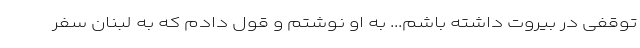
توقفی در بیروت داشته باشم... به او نوشتم و قول دادم که به لبنان سفر